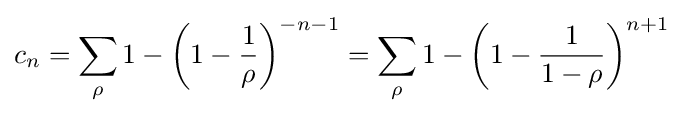
c_{n}=\sum _{\rho }{1-\left(1-{\frac {1}{\rho }}\right)^{-n-1}}=\sum _{\rho }{1-\left(1-{\frac {1}{1-\rho }}\right)^{n+1}}